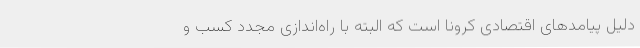
دلیل پیامدهای اقتصادی کرونا است که البته با راه‌اندازی مجدد کسب و